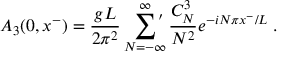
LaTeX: A _ { 3 } ( 0 , x ^ { - } ) = { \frac { g L } { 2 \pi ^ { 2 } } } \sum _ { N = - \infty } ^ { \infty } \! \! \! \! { } ^ { \stackrel { \prime } { } } \; { \frac { C _ { N } ^ { 3 } } { N ^ { 2 } } } e ^ { - i N \pi x ^ { - } / L } \; .